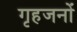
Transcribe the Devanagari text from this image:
गृहजनों